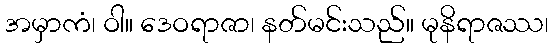
အမှာကံ၊ ဝါ။ ဒေဝရာဇာ၊ နတ်မင်းသည်။ မုနိရာဇဿ၊